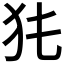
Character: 𤜨